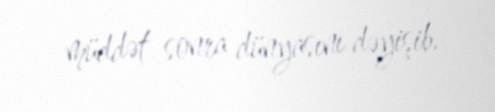
müddət sonra dünyasını dəyişib.